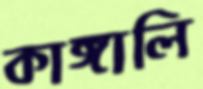
কাঙ্গালি